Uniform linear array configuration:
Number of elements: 64
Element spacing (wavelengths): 0.75
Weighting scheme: hamming
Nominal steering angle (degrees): -45
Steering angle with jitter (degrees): -44.508
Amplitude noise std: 0.05
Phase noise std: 0.05

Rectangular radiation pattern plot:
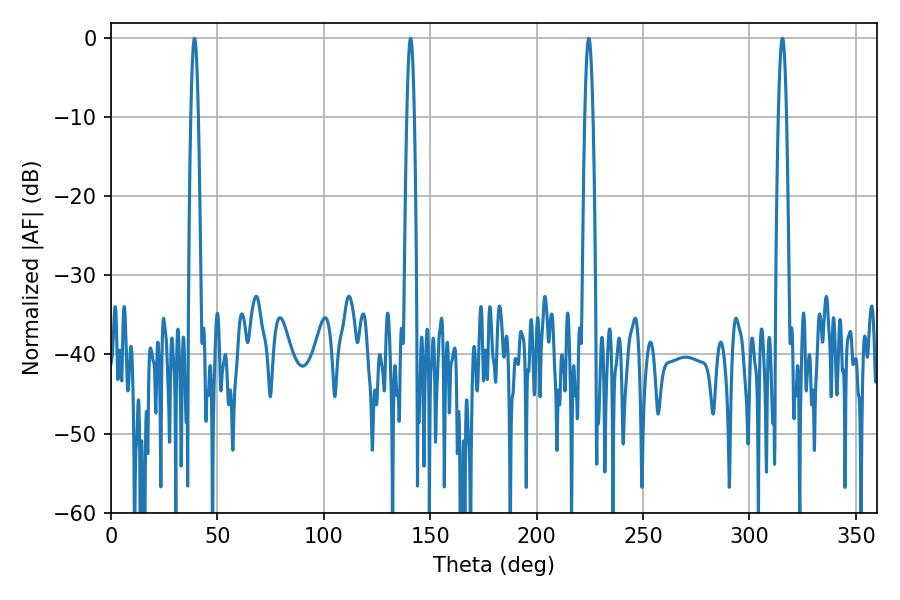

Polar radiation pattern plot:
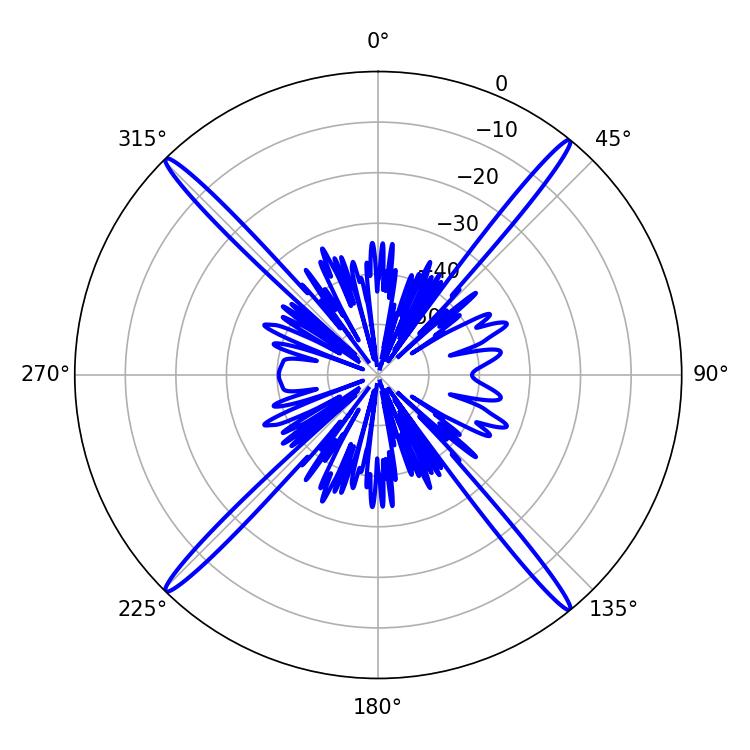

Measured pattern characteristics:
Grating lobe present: TRUE
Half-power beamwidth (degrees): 1.8
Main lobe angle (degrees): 39.24